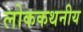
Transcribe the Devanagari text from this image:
लोककथनीय